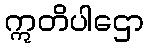
ဣတိပါဌော